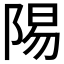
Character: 𬯆